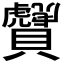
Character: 𧹂